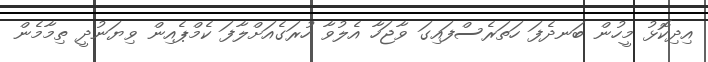
އިދިކޮޅު މީހުން ބަނދެފަ ހަތަރެސްފައިގަ ވާޖަހާ އެލުވާ ހުރަގެއަށްލާފަ ކެމްޕެއިން ވިޔަނުދީ ތިމާމެން